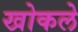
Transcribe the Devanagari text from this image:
खोकले